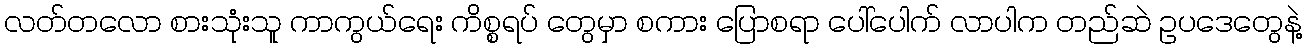
လတ်တလော စားသုံးသူ ကာကွယ်ရေး ကိစ္စရပ် တွေမှာ စကား ပြောစရာ ပေါ်ပေါက် လာပါက တည်ဆဲ ဥပဒေတွေနဲ့